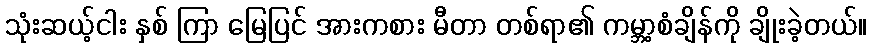
သုံးဆယ့်ငါး နှစ် ကြာ မြေပြင် အားကစား မီတာ တစ်ရာ၏ ကမ္ဘာ့စံချိန်ကို ချိုးခဲ့တယ်။